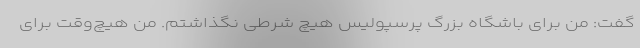
گفت: من برای باشگاه بزرگ پرسپولیس هیچ شرطی نگذاشتم. من هیچ‌وقت برای